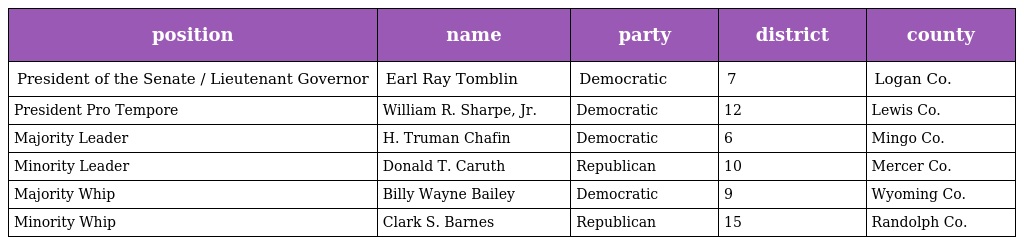
| position | name | party | district | county |
 | --- | --- | --- | --- | --- |
 | President of the Senate / Lieutenant Governor | Earl Ray Tomblin | Democratic | 7 | Logan Co. |
 | President Pro Tempore | William R. Sharpe, Jr. | Democratic | 12 | Lewis Co. |
 | Majority Leader | H. Truman Chafin | Democratic | 6 | Mingo Co. |
 | Minority Leader | Donald T. Caruth | Republican | 10 | Mercer Co. |
 | Majority Whip | Billy Wayne Bailey | Democratic | 9 | Wyoming Co. |
 | Minority Whip | Clark S. Barnes | Republican | 15 | Randolph Co. |